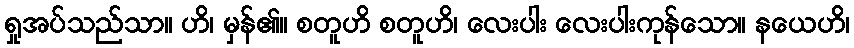
ရှုအပ်သည်သာ။ ဟိ၊ မှန်၏။ စတူဟိ စတူဟိ၊ လေးပါး လေးပါးကုန်သော။ နယေဟိ၊